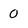
Character: 0